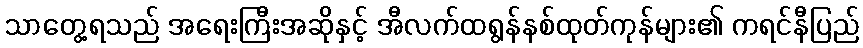
သာတွေ့ရသည် အရေးကြီးအဆိုနှင့် အီလက်ထရွန်နစ်ထုတ်ကုန်များ၏ ကရင်နီပြည်